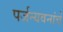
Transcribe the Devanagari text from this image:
पर्जन्यवनांचे